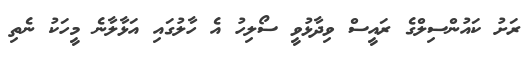
ރަށު ކައުންސިލްގެ ރައީސް ވިދާޅުވީ ސޯލިހު އެ ހާލުގައި އަޅާލާނެ މީހަކު ނެތި